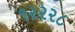
૧૨૨૨૮